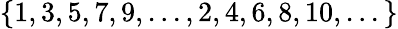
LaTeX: \{ 1,3,5,7,9,...,2,4,6,8,10,...\}